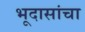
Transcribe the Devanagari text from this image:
भूदासांचा